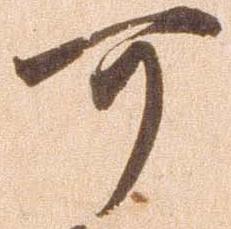
可